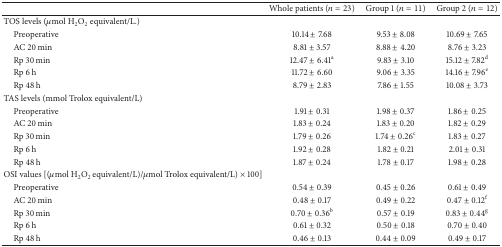
|  | Whole patients (n = 23) | Group 1 (n = 11) | Group 2 (n = 12) |
 | --- | --- | --- | --- |
 | TOS levels (μmol H2O2 equivalent/L.) |  |  |  |
 | Preoperative | 10.14 ± 7.68 | 9.53 ± 8.08 | 10.69 ± 7.65 |
 | AC 20 min | 8.81 ± 3.57 | 8.88 ± 4.20 | 8.76 ± 3.23 |
 | Rp 30 min | 12.47 ± 6.41a | 9.83 ± 3.10 | 15.12 ± 7.82d |
 | Rp 6 h | 11.72 ± 6.60 | 9.06 ± 3.35 | 14.16 ± 7.96e |
 | Rp 48 h | 8.79 ± 2.83 | 7.86 ± 1.55 | 10.08 ± 3.73 |
 | TAS levels (mmol Trolox equivalent/L) |  |  |  |
 | Preoperative | 1.91 ± 0.31 | 1.98 ± 0.37 | 1.86 ± 0.25 |
 | AC 20 min | 1.83 ± 0.24 | 1.83 ± 0.20 | 1.82 ± 0.29 |
 | Rp 30 min | 1.79 ± 0.26 | 1.74 ± 0.26c | 1.83 ± 0.27 |
 | Rp 6 h | 1.92 ± 0.28 | 1.82 ± 0.21 | 2.01 ± 0.31 |
 | Rp 48 h | 1.87 ± 0.24 | 1.78 ± 0.17 | 1.98 ± 0.28 |
 | OSI values [(μmol H2O2 equivalent/L)/μmol Trolox equivalent/L) × 100] |  |  |  |
 | Preoperative | 0.54 ± 0.39 | 0.45 ± 0.26 | 0.61 ± 0.49 |
 | AC 20 min | 0.48 ± 0.17 | 0.49 ± 0.22 | 0.47 ± 0.12f |
 | Rp 30 min | 0.70 ± 0.36b | 0.57 ± 0.19 | 0.83 ± 0.44g |
 | Rp 6 h | 0.61 ± 0.32 | 0.50 ± 0.18 | 0.70 ± 0.40 |
 | Rp 48 h | 0.46 ± 0.13 | 0.44 ± 0.09 | 0.49 ± 0.17 |